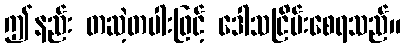
ဤနည်း တဆဲ့တပါးဖြင့် ဒေါသငြိမ်းစေရသည်။